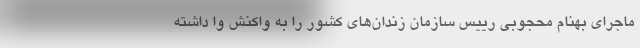
ماجرای بهنام محجوبی رییس سازمان زندان‌های کشور را به واکنش وا داشته